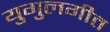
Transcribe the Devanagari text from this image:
युगुलगीत